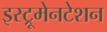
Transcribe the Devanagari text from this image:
इस्ट्रूमेनटेशन